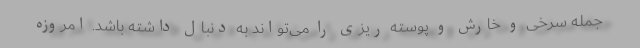
جمله سرخی و خارش و پوسته ریزی را می‌تواند به دنبال داشته باشد. امروزه